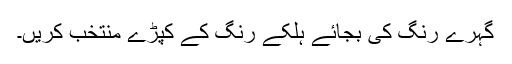
گہرے رنگ کی بجائے ہلکے رنگ کے کپڑے منتخب کریں۔